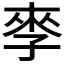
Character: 𰌩